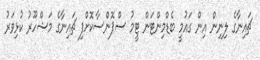
ޗައިނާގެ ލިނިން އިން ގައުމީ ބެޑްމިންޓަން ޓީމު ސްޕޮންސާކޮށްފި ޗައިނާގެ މަޝްހޫރު ކުޅިވަރު